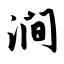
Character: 涧